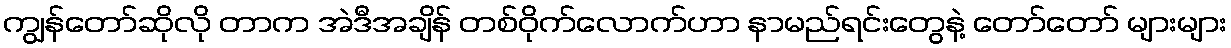
ကျွန်တော်ဆိုလို တာက အဲဒီအချိန် တစ်ဝိုက်လောက်ဟာ နာမည်ရင်းတွေနဲ့ တော်တော် များများ